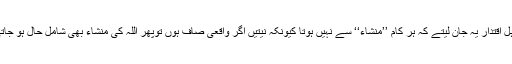
کاش اہل اقتدار یہ جان لیتے کہ ہر کام ’’منشاء‘‘ سے نہیں ہوتا کیونکہ نِیّتیں اگر واقعی صاف ہوں توپھر اللہ کی منشاء بھی شامل حال ہو جاتی ہے۔